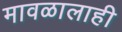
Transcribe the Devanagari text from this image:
मावळालाही